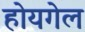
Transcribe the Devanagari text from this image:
होयगेल